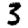
Digit: 3